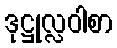
ဒုဋ္ဌုလ္လဝါစာ